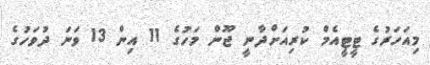
މިއަހަރުގެ ޓީޓީއެމް ކުރިއަށްދާނީ ޖޫން މަހުގެ 11 އިން 13 ވަނަ ދުވަހުގެ